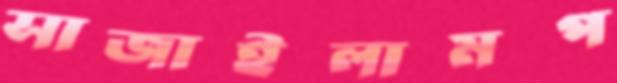
সাজাইলামপ